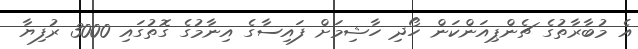
އެ މުބާރާތުގެ ޗެންޕިއަންކަން ހޯދި ހާޝިމަށް ފައިސާގެ އިނާމުގެ ގޮތުގައި 3000 ރުފިޔާ